Annual statistical returns and brief notes on vaccination in Bengal - 1909-1929
Year: 1909
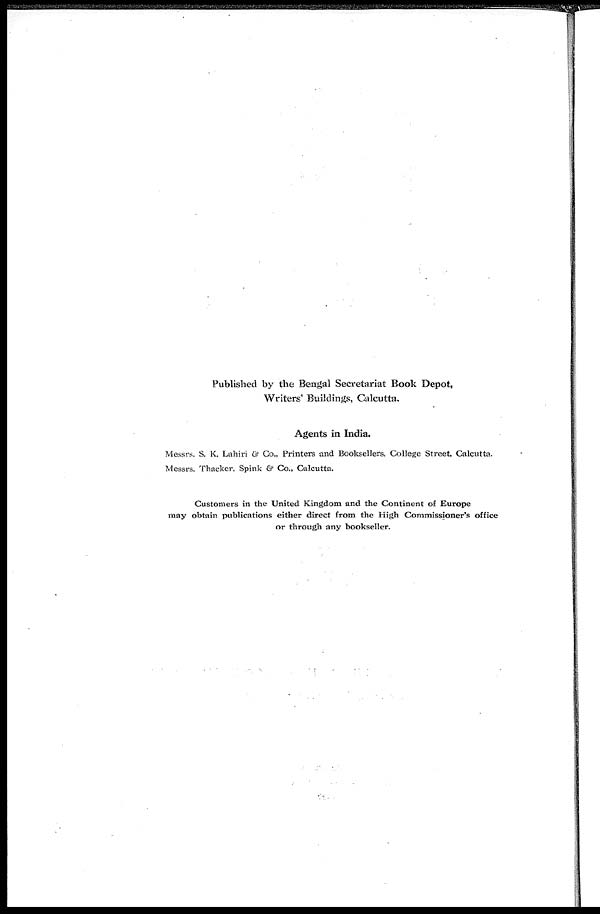
Published by the Bengal Secretariat Book Depot,
Writers' Buildings, Calcutta.
Agents in India.
Messrs. S. K. Lahiri & Co., Printers and Booksellers, College Street, Calcutta.
Messrs. Thacker, Spink & Co., Calcutta.
Customers in the United Kingdom and the Continent of Europe
may obtain publications either direct from the High Commissioner's office
or through any bookseller.